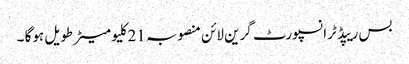
بس ریپڈ ٹرانسپورٹ گرین لائن منصوبہ 21کلیو میٹر طویل ہوگا ۔